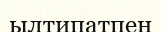
ылтипатпен